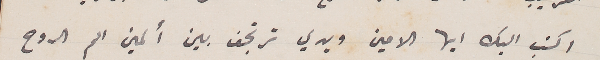
اكتب اليك ايها الامين ويدي ترتجف بين ألمين الم الروح